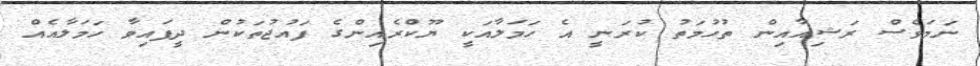
ނަމަވެސް ރަޝިއާއިން ތުހުމަތު ކުރަނީ އެ ހަމަލާއަކީ ޔޫކްރެއިންގެ ފައުޖުތަކުން ދީފައިވާ ހަމަލާއެއް